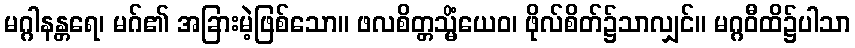
မဂ္ဂါနန္တရေ၊ မဂ်၏ အခြားမဲ့ဖြစ်သော။ ဖလစိတ္တသ္မိံယေဝ၊ ဖိုလ်စိတ်၌သာလျှင်။ မဂ္ဂဝီထိ၌ပါသာ